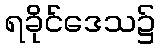
ရခိုင်ဒေသ၌